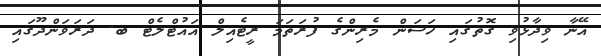
އޭނާ ވިދާޅުވި ގޮތުގައި ހަސަން މެރިންގެ ފުރަތަމަ ރީޓެއިލް އައުޓްލެޓް ބ. ދަރަވަންދޫގައި